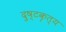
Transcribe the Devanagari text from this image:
दुष्टकृत्य